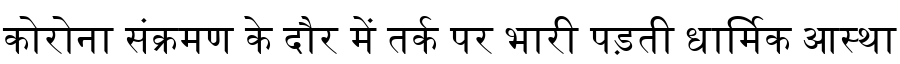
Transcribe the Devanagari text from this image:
कोरोना संक्रमण के दौर में तर्क पर भारी पड़ती धार्मिक आस्था